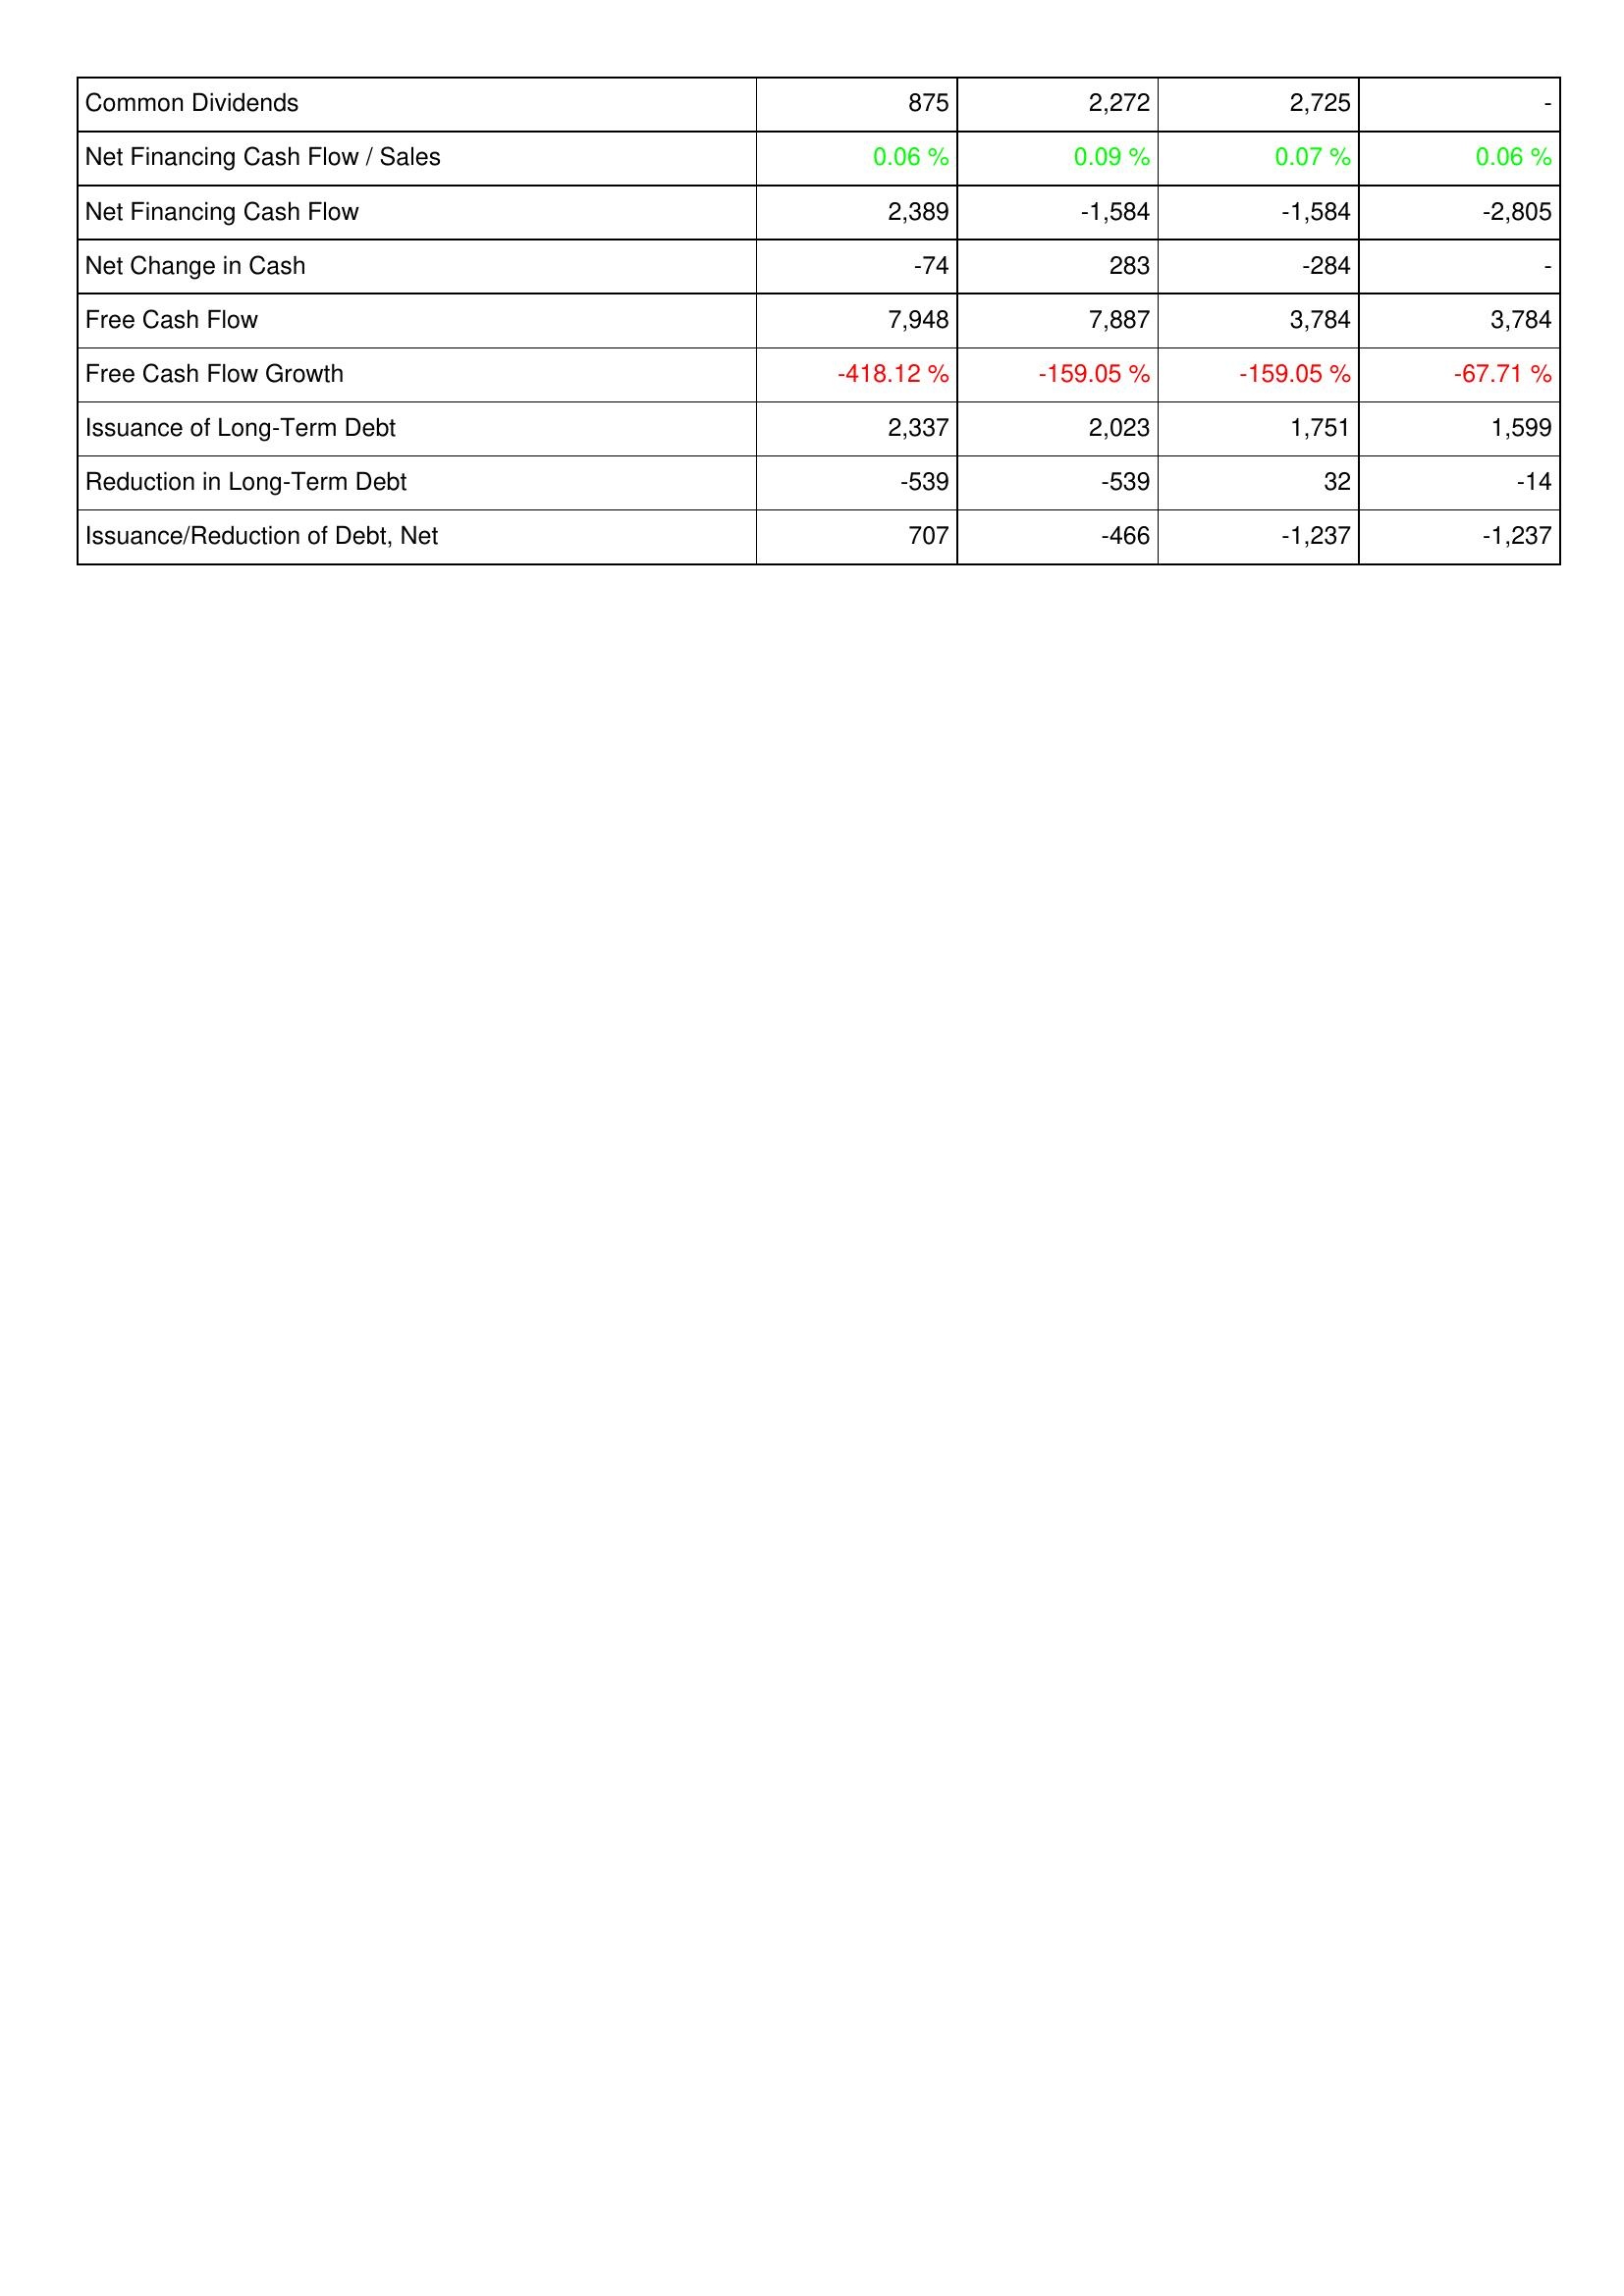
2022: Financing Activities: Common Dividends: 875
Net Financing Cash Flow / Sales: 0.06 %
Net Financing Cash Flow: 2,389
Net Change in Cash: -74
Free Cash Flow: 7,948
Free Cash Flow Growth: -418.12 %
Issuance of Long-Term Debt: 2,337
Reduction in Long-Term Debt: -539
Issuance/Reduction of Debt, Net: 707
2023: Financing Activities: Common Dividends: 2,272
Net Financing Cash Flow / Sales: 0.09 %
Net Financing Cash Flow: -1,584
Net Change in Cash: 283
Free Cash Flow: 7,887
Free Cash Flow Growth: -159.05 %
Issuance of Long-Term Debt: 2,023
Reduction in Long-Term Debt: -539
Issuance/Reduction of Debt, Net: -466
2024: Financing Activities: Common Dividends: 2,725
Net Financing Cash Flow / Sales: 0.07 %
Net Financing Cash Flow: -1,584
Net Change in Cash: -284
Free Cash Flow: 3,784
Free Cash Flow Growth: -159.05 %
Issuance of Long-Term Debt: 1,751
Reduction in Long-Term Debt: 32
Issuance/Reduction of Debt, Net: -1,237
2025: Financing Activities: Common Dividends: -
Net Financing Cash Flow / Sales: 0.06 %
Net Financing Cash Flow: -2,805
Net Change in Cash: -
Free Cash Flow: 3,784
Free Cash Flow Growth: -67.71 %
Issuance of Long-Term Debt: 1,599
Reduction in Long-Term Debt: -14
Issuance/Reduction of Debt, Net: -1,237